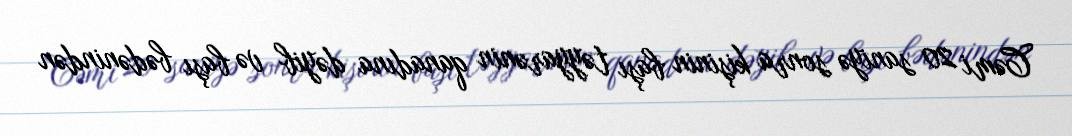
Cəmi 20 saniyə sonra kişinin başı təyyarənin qanadına dəyib və başı bədənindən